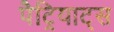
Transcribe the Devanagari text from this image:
पैट्रियाट्स